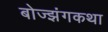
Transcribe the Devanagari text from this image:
बोज्झंगकथा